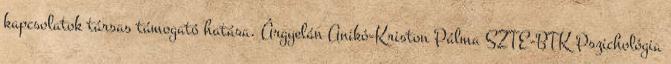
kapcsolatok társas támogató hatása. Árgyelán Anikó-Kriston Pálma SZTE-BTK Pszichológia